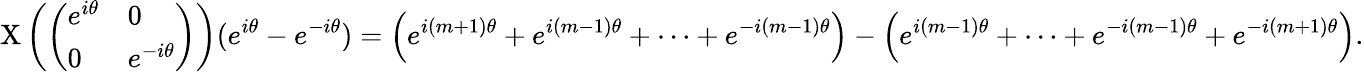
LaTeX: \mathrm{X}\left({\left(\begin{array}{ll}{e^{i\theta}}&{0}\\ {0}&{e^{-i\theta}}\end{array}\right)}\right)(e^{i\theta}-e^{-i\theta})=\left(e^{i(m+1)\theta}+e^{i(m-1)\theta}+\cdots+e^{-i(m-1)\theta}\right)-\left(e^{i(m-1)\theta}+\cdots+e^{-i(m-1)\theta}+e^{-i(m+1)\theta}\right).